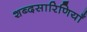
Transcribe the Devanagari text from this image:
शब्दसारिणियाँ